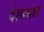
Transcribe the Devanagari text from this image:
देशस्थांत